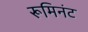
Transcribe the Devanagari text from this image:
रूमिनंट